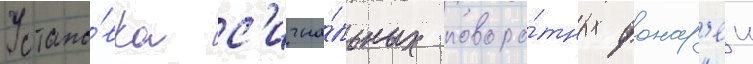
Устано́вка с'игна́льных поворо́тных фонар'еи